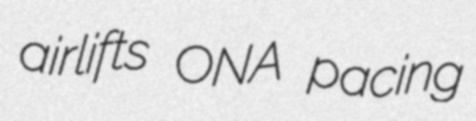
airlifts ONA pacing